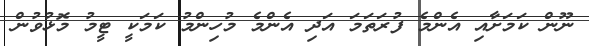
ނޫން ކަމަށާއި އެންމެ ފުރަތަމަ އަދި އެންމެ މުހިންމު ކަމަކީ ޓީމު މޮޅުވުން